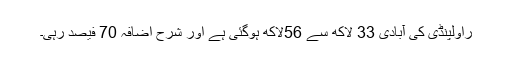
راولپنڈی کی آبادی 33 لاکھ سے 56لاکھ ہوگئی ہے اور شرح اضافہ 70 فیصد رہی۔